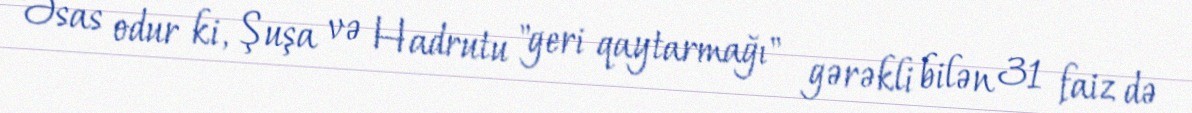
Əsas odur ki, Şuşa və Hadrutu "geri qaytarmağı" gərəkli bilən 31 faiz də